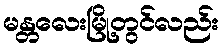
မန္တလေးမြို့တွင်လည်း